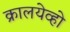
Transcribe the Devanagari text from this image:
क्रालयेव्हो